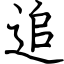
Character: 追